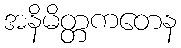
အနိမိတ္တကတေန